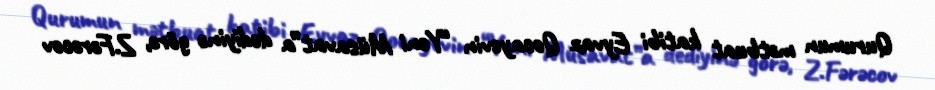
Qurumun mətbuat katibi Eyvaz Qocayevin “Yeni Müsavat”a dediyinə görə, Z.Fərəcov